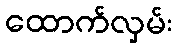
ထောက်လှမ်း